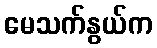
မေသက်နွယ်က